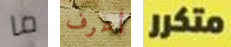
ما أعرف متكرر